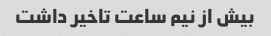
بیش از نیم ساعت تاخیر داشت